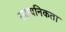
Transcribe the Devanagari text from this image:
रसायनिकता